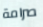
صرامة